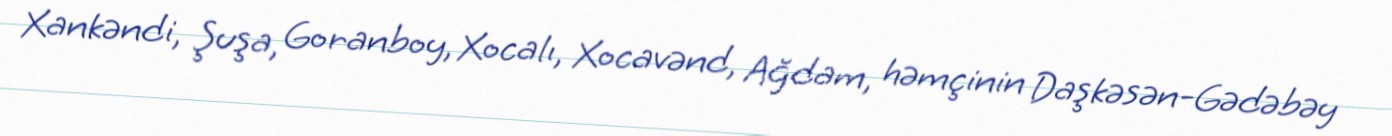
Xankəndi, Şuşa, Goranboy, Xocalı, Xocavənd, Ağdam, həmçinin Daşkəsən-Gədəbəy